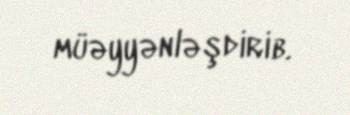
müəyyənləşdirib.